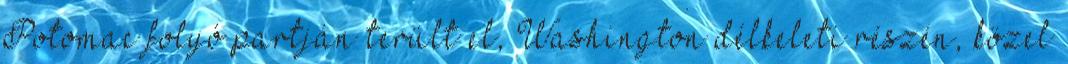
Potomac folyó partján terült el, Washington délkeleti részén, közel